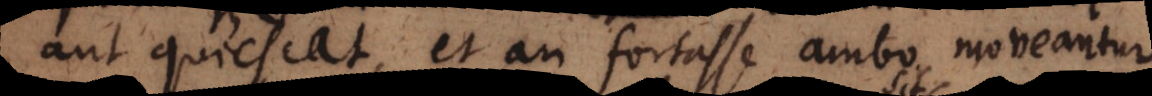
aut quiescat, et an fortasse ambo moveantur,